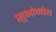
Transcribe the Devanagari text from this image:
सुभोमोय